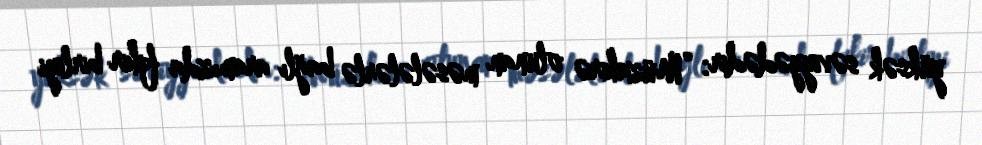
yüksək səviyyədədir: “Müzakirə olunan məsələlərlə bağlı aramızda fikir birliyi